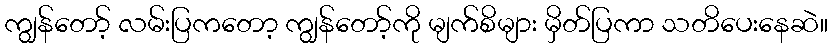
ကျွန်တော့် လမ်းပြကတော့ ကျွန်တော့်ကို မျက်စိများ မှိတ်ပြကာ သတိပေးနေဆဲ။